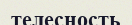
телесность